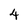
Character: 4